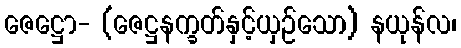
ဇေဋ္ဌော- (ဇေဋ္ဌနက္ခတ်နှင့်ယှဉ်သော) နယုန်လ၊